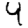
Digit: 4